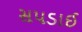
સપડાઈ